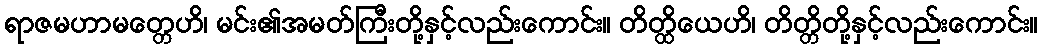
ရာဇမဟာမတ္တေဟိ၊ မင်း၏အမတ်ကြီးတို့နှင့်လည်းကောင်း။ တိတ္ထိယေဟိ၊ တိတ္တိတို့နှင့်လည်းကောင်း။